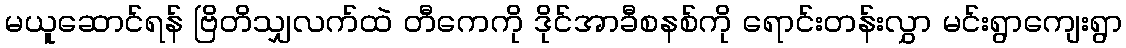
မယူဆောင်ရန် ဗြိတိသျှလက်ထဲ တီကေကို ဒိုင်အာခီစနစ်ကို ရောင်းတန်းလွှာ မင်းရွာကျေးရွာ